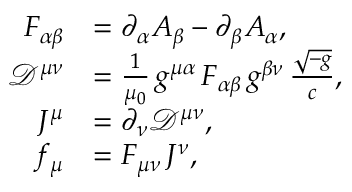
{ \begin{array} { r l } { F _ { \alpha \beta } } & { = \partial _ { \alpha } A _ { \beta } - \partial _ { \beta } A _ { \alpha } , } \\ { { \mathcal { D } } ^ { \mu \nu } } & { = { \frac { 1 } { \mu _ { 0 } } } \, g ^ { \mu \alpha } \, F _ { \alpha \beta } \, g ^ { \beta \nu } \, { \frac { \sqrt { - g } } { c } } , } \\ { J ^ { \mu } } & { = \partial _ { \nu } { \mathcal { D } } ^ { \mu \nu } , } \\ { f _ { \mu } } & { = F _ { \mu \nu } \, J ^ { \nu } , } \end{array} }